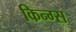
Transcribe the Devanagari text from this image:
किन्ग्स